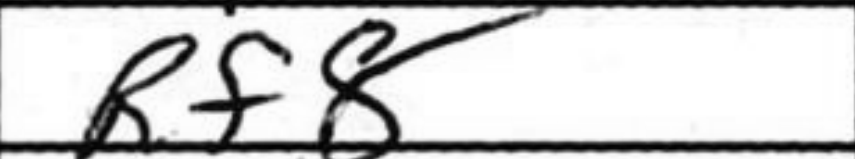
Transcription: Rf8